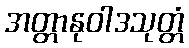
အတ္တာနုဝါဒသုတ္တံ